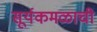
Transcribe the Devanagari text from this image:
सूर्यकमळाची